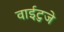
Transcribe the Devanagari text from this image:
वाईटुजे